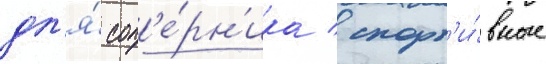
дл'я́ соп'е́рн'ика / спорт'и́вные